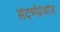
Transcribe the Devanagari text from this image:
संदर्भग्रंथांत